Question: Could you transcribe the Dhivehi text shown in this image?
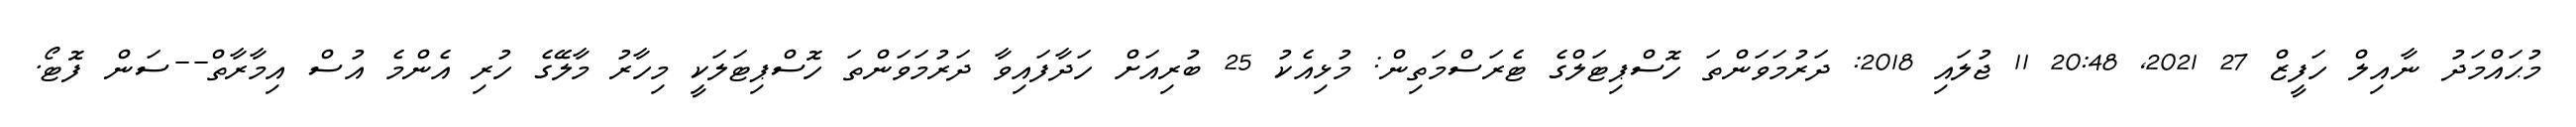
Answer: މުޙައްމަދު ނާއިލް ހަފީޒް 27 2021, 20:48 11 ޖުލައި 2018: ދަރުމަވަންތަ ހޮސްޕިޓަލްގެ ޓެރަސްމަތިން: މުޅިއެކު 25 ބުރިއަށް ހަދާފައިވާ ދަރުމަވަންތަ ހޮސްޕިޓަލަކީ މިހާރު މާލޭގެ ހުރި އެންމެ އުސް އިމާރާތް--ސަން ފޮޓޯ.